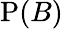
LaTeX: \mathrm{P}(B)